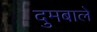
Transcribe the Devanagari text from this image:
दुमबाले